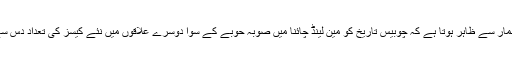
تازہ ترین اعدادوشمار سے ظاہر ہوتا ہے کہ چوبیس تاریخ کو مین لینڈ چائنا میں صوبہ حوبے کے سوا دوسرے علاقوں میں نئے کیسز کی تعداد دس سے کم ہو گئی ہے۔